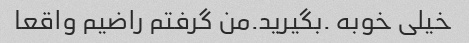
خیلی خوبه .بگیرید.من گرفتم راضیم واقعا